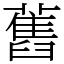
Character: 舊